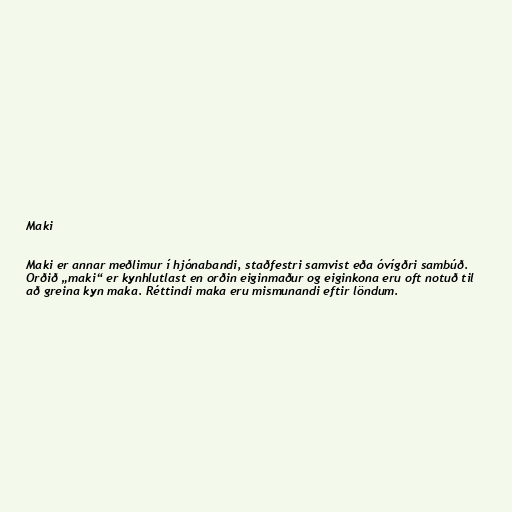
Maki

Maki er annar meðlimur í hjónabandi, staðfestri samvist eða óvígðri sambúð.
Orðið „maki“ er kynhlutlast en orðin eiginmaður og eiginkona eru oft notuð til
að greina kyn maka. Réttindi maka eru mismunandi eftir löndum.